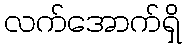
လက်အောက်ရှိ